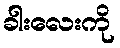
ခါးလေးကို